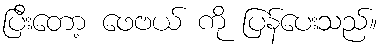
ပြီးတော့ ဖေဗယ် ကို ပြန်ပေးသည်။